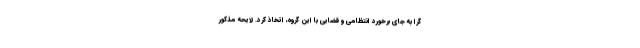
گرا به جای برخورد انتظامی و قضایی با این گروه، اتخاذ کرد. لایحه مذکور